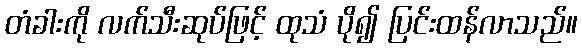
တံခါးကို လက်သီးဆုပ်ဖြင့် ထုသံ ပို၍ ပြင်းထန်လာသည်။